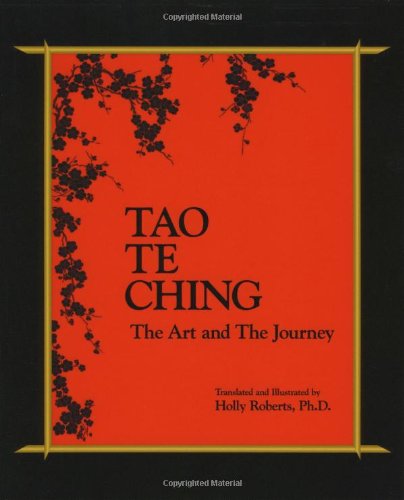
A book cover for Tao Te Ching, the Art and the Journey; Holly H. Roberts; Religion & Spirituality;